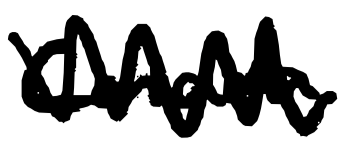
Text: Canada.
Cross-out: zig-zag
Writing tool: digital_black